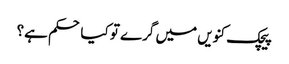
پیچک کنویں میں گرے تو کیا حکم ہے؟